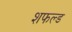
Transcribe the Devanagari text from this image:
शफल्ड